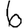
Digit: 6